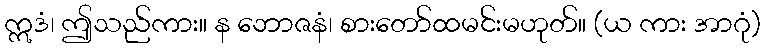
ဣဒံ၊ ဤသည်ကား။ န ဘောဇနံ၊ စားတော်ထမင်းမဟုတ်။ (ယ ကား အာဂုံ)